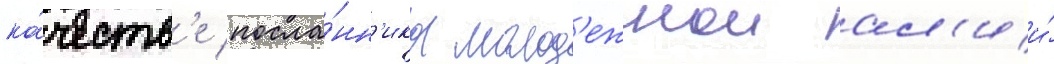
ка́честв'е посла́нн'ика молод'ежнои ал'ии́